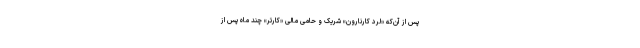
پس از آن‌که «لرد کارنارون» شریک و حامی مالی «کارتر» چند ماه پس از